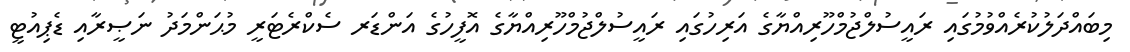
މިބައްދަލުކުރެއްވުމުގައި ރައީސުލްޖުމްހޫރިއްޔާގެ އަރިހުގައި ރައީސުލްޖުމްހޫރިއްޔާގެ އޮފީހުގެ އަންޑަރ ސެކްރެޓަރީ މުޙަންމަދު ނަޞީރާއި ޑެޕިއުޓީ